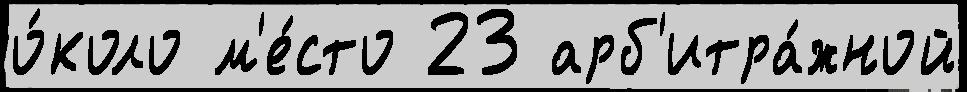
о́коло м'е́сто 23 арб'итра́жной